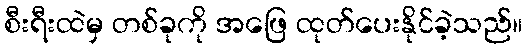
စီးရီးထဲမှ တစ်ခုကို အဖြေ ထုတ်ပေးနိုင်ခဲ့သည်။